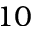
1 0